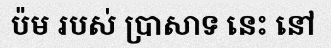
ប៉ម របស់ ប្រាសាទ នេះ នៅ